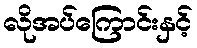
လိုအပ်ကြောင်းနှင့်